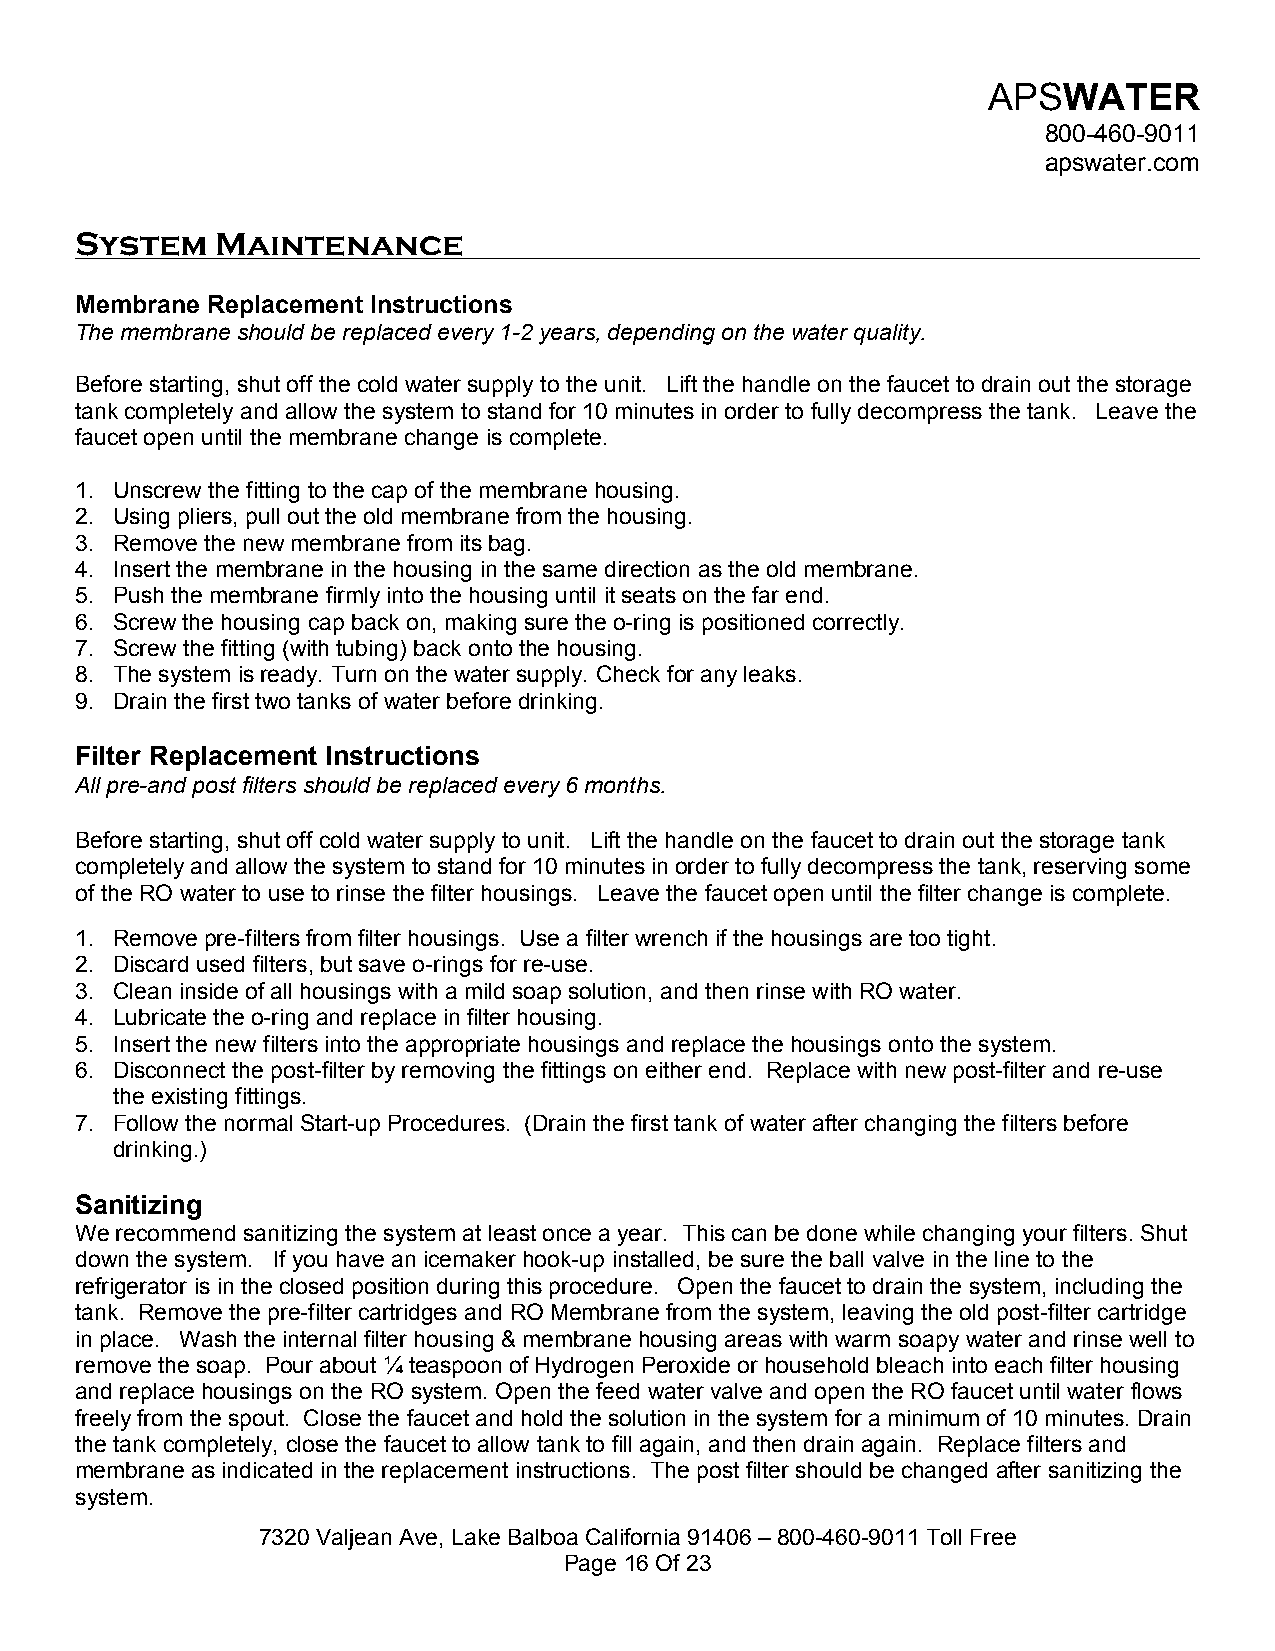
APSWATER
 800-460-9011
 apswater.com
 System   Maintenance
 Membrane Replacement Instructions
 The membrane should be replaced every 1-2 years, depending on the water quality.
 Before starting, shut off the cold water supply to the unit. Lift the handle on the faucet to drain out the storage
 tank completely and allow the system to stand for 10 minutes in order to fully decompress the tank. Leave the
 faucet open until the membrane change is complete.
 1. Unscrew the fitting to the cap of the membrane housing.
 2. Using pliers, pull out the old membrane from the housing.
 3. Remove the new membrane from its bag.
 4. Insert the membrane in the housing in the same direction as the old membrane.
 5. Push the membrane firmly into the housing until it seats on the far end.
 6. Screw the housing cap back on, making sure the o-ring is positioned correctly.
 7. Screw the fitting (with tubing) back onto the housing.
 8. The system is ready. Turn on the water supply. Check for any leaks.
 9. Drain the first two tanks of water before drinking.
 Filter Replacement Instructions
 All pre-and post filters should be replaced every 6 months.
 Before starting, shut off cold water supply to unit. Lift the handle on the faucet to drain out the storage tank
 completely and allow the system to stand for 10 minutes in order to fully decompress the tank, reserving some
 of the RO water to use to rinse the filter housings. Leave the faucet open until the filter change is complete.
 1. Remove pre-filters from filter housings. Use a filter wrench if the housings are too tight.
 2. Discard used filters, but save o-rings for re-use.
 3. Clean inside of all housings with a mild soap solution, and then rinse with RO water.
 4. Lubricate the o-ring and replace in filter housing.
 5. Insert the new filters into the appropriate housings and replace the housings onto the system.
 6. Disconnect the post-filter by removing the fittings on either end. Replace with new post-filter and re-use
 the existing fittings.
 7. Follow the normal Start-up Procedures. (Drain the first tank of water after changing the filters before
 drinking.)
 Sanitizing
 We recommend sanitizing the system at least once a year. This can be done while changing your filters. Shut
 down the system. If you have an icemaker hook-up installed, be sure the ball valve in the line to the
 refrigerator is in the closed position during this procedure. Open the faucet to drain the system, including the
 tank. Remove the pre-filter cartridges and RO Membrane from the system, leaving the old post-filter cartridge
 in place. Wash the internal filter housing & membrane housing areas with warm soapy water and rinse well to
 remove the soap. Pour about ¼ teaspoon of Hydrogen Peroxide or household bleach into each filter housing
 and replace housings on the RO system. Open the feed water valve and open the RO faucet until water flows
 freely from the spout. Close the faucet and hold the solution in the system for a minimum of 10 minutes. Drain
 the tank completely, close the faucet to allow tank to fill again, and then drain again. Replace filters and
 membrane as indicated in the replacement instructions. The post filter should be changed after sanitizing the
 system.
 7320 Valjean Ave, Lake Balboa California 91406 – 800-460-9011 Toll Free
 Page 16 Of 23